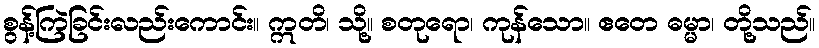
စွန့်ကြဲခြင်းလည်းကောင်း။ ဣတိ၊ သို့။ စတုရော၊ ကုန်သော။ ဧတေ ဓမ္မာ၊ တို့သည်။